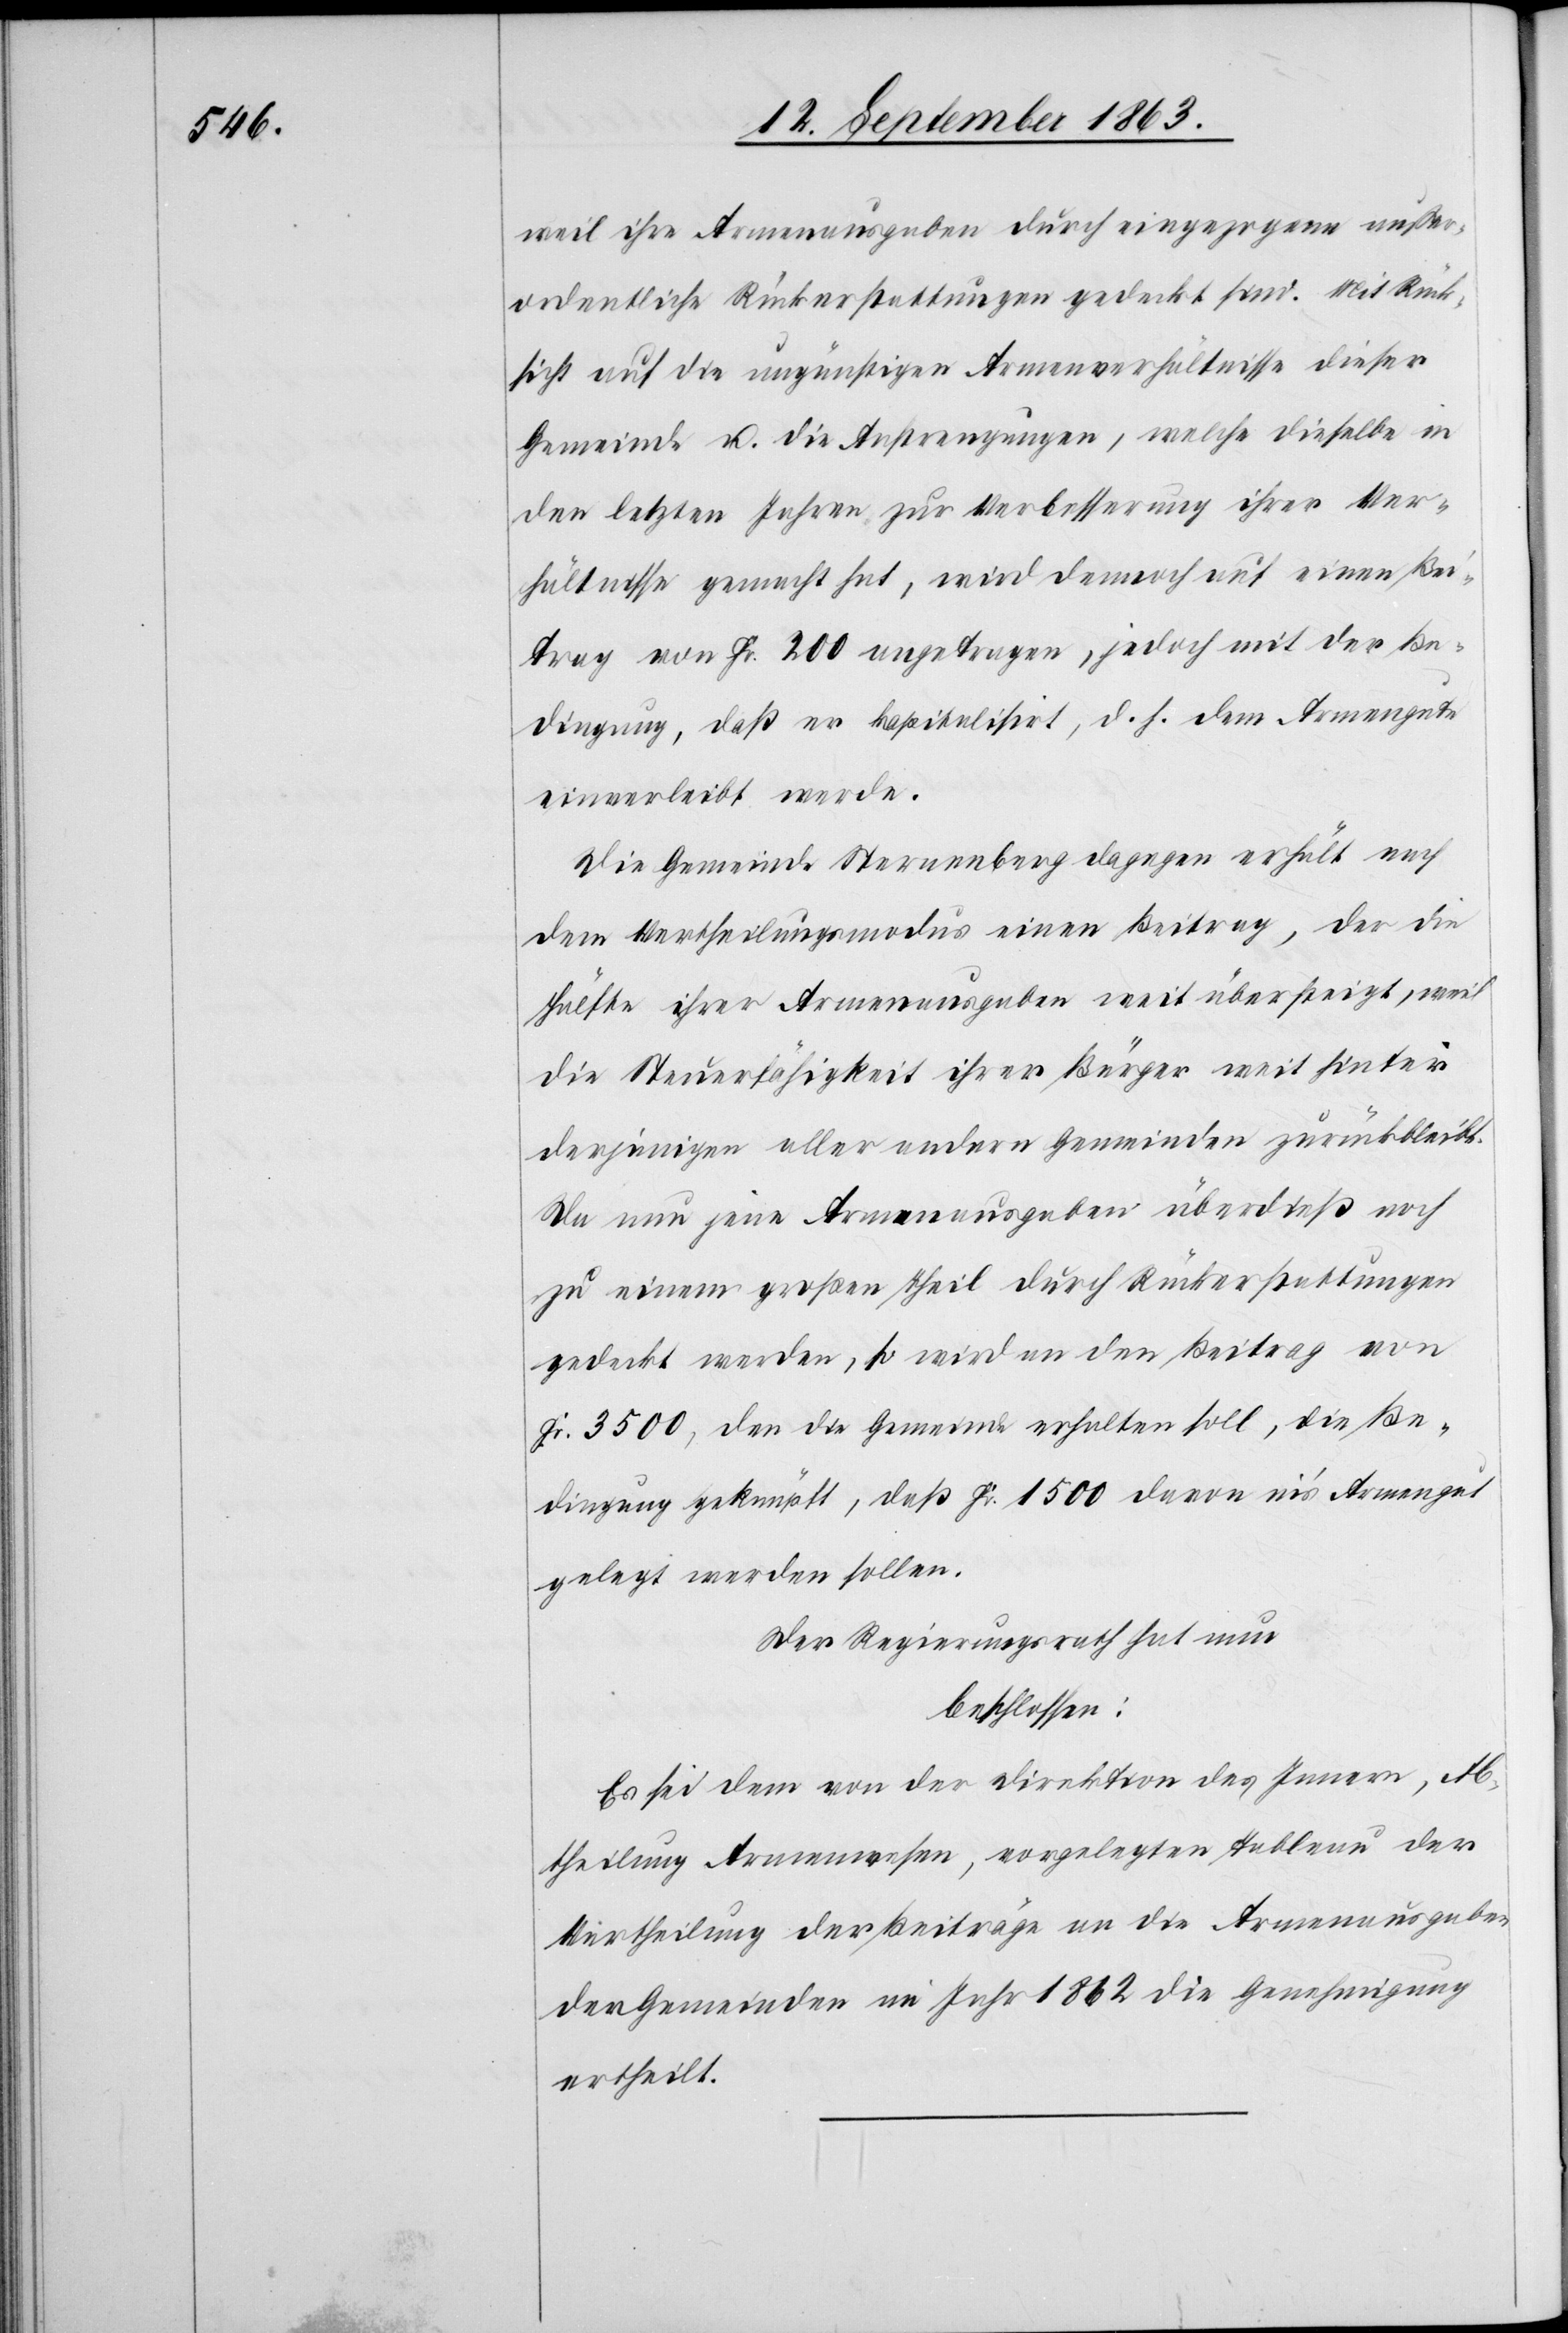
weil ihre Armenausgaben durch eingezogene außer¬
ordentliche Rückerstattungen gedeckt sind. Mit Rück¬
sicht auf die ungünstigen Armenverhältnisse dieser
Gemeinde u. die Anstrengungen, welche dieselbe in
den letzten Jahren zur Verbesserung ihrer Ver¬
hältnisse gemacht hat, wird dennoch auf einen Bei¬
trag von Fr. 200 angetragen, jedoch mit der Be¬
dingung, daß er kapitalisirt, d. h. dem Armengute
einverleibt werde.
Die Gemeinde Sternenberg dagegen erhält nach
dem Vertheilungsmodus einen Beitrag, der die
Hälfte ihrer Armenausgaben weit übersteigt, weil
die Steuerfähigkeit ihrer Bürger weit hinter
derjenigen aller andern Gemeinden zurückbleibt.
Da nun jene Armenausgaben überdieß noch
zu einem großen Theil durch Rückerstattungen
gedeckt werden, so wird an den Beitrag von
Fr. 3500, den die Gemeinde erhalten soll, die Be¬
dingung geknüpft, daß Fr. 1500 davon in's Armengut
gelegt werden sollen.
Der Regierungsrath hat nun
beschlossen:
Es sei dem von der Direktion des Innern, Ab¬
theilung Armenwesen, vorgelegten Tableau der
Vertheilung der Beiträge an die Armenausgaben
der Gemeinden im Jahr 1862 die Genehmigung
ertheilt.